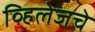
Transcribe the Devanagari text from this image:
व्हिलेजचे